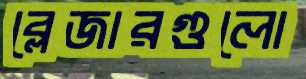
ব্লেজারগুলো